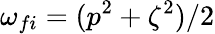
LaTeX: \omega_{fi}=(p^{2}+\zeta^{2})/2